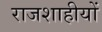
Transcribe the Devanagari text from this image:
राजशाहीयों